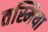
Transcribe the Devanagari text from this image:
तस्मिया